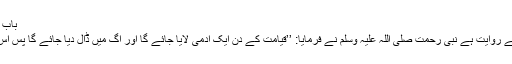
باب التعوذ من شر ما عمل 2722)
اسامہ بن زید رضی اللہ عنہ سے روایت ہے نبی رحمت صلی اللہ علیہ وسلم نے فرمایا: ’’قیامت کے دن ایک آدمی لایا جائے گا اور آگ میں ڈال دیا جائے گا پس اس کی انتڑیاں باہر نکل آئیں گی۔